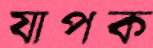
যাপক